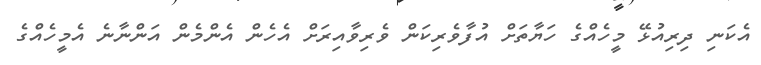
އެކަނި ދިރިއުޅޭ މީހެއްގެ ހަޔާތަށް އުފާވެރިކަން ވެރިވާއިރަށް އެހެން އެންމެން އަންނާނެ އެމީހެއްގެ